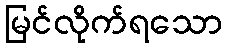
မြင်လိုက်ရသော